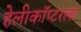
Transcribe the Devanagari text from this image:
हेलीकॉप्टरला